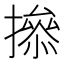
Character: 撡